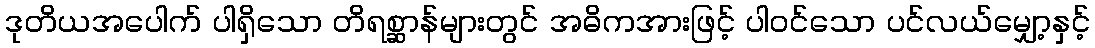
ဒုတိယအပေါက် ပါရှိသော တိရစ္ဆာန်များတွင် အဓိကအားဖြင့် ပါဝင်သော ပင်လယ်မျှော့နှင့်